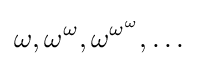
\omega ,\omega ^{\omega },\omega ^{\omega ^{\omega }},\dots